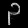
Digit: ၃